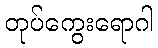
တုပ်ကွေးရောဂါ